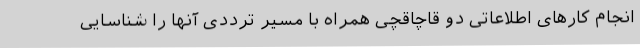
انجام کارهای اطلاعاتی دو قاچاقچی همراه با مسیر ترددی آنها را شناسایی